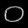
Digit: ၀